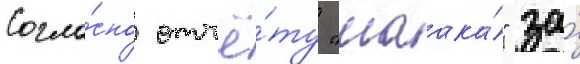
Согла́сно отчё́ту "маака́" за́